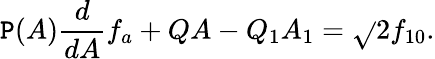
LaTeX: \mathtt{P}(A)\frac{{d}}{{dA}}f_{a}+QA-Q_{1}A_{1}=\sqrt{}{{2}}f_{10}.